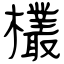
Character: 欉